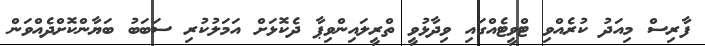
ފާރިސް މިއަދު ކުރެއްވި ޓްވީޓެއްގައި ވިދާޅުވީ ތްރީލައިންވިޕާ ދެކޮޅަށް އަމަލުކުރި ސަބަބު ބަޔާންކޮށްދެއްވަން